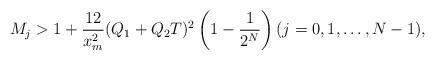
LaTeX: \begin{align*}M_j> 1 + \frac{12}{x_m^2}(Q_1+Q_2 T)^2 \left( 1-\frac{1}{2^{N}} \right) (j=0,1,\ldots,N-1),\end{align*}